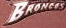
BRONESS